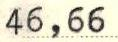
46,66